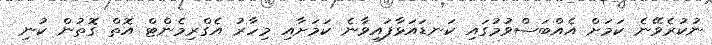
ނުކުރެވޭނެ ކަމަށް އެއްބަސްވުމުގައި ކަނޑައަޅާފައިވާނެ ކަމަށާއި މިހާރު އެގްރިމެންޓް އޮތް ގޮތުން ކުނި